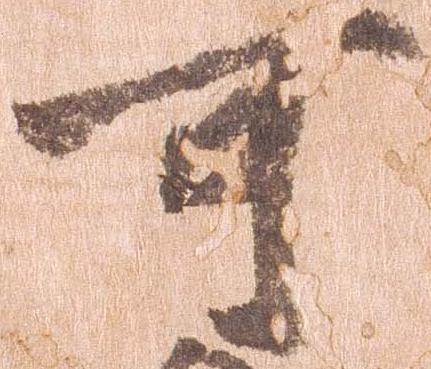
可